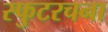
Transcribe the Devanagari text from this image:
स्फुटरचना